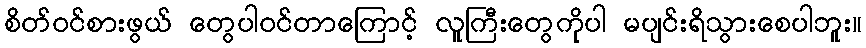
စိတ်ဝင်စားဖွယ် တွေပါဝင်တာကြောင့် လူကြီးတွေကိုပါ မပျင်းရိသွားစေပါဘူး။